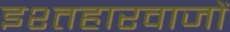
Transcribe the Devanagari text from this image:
इश्तहारवाजों